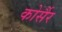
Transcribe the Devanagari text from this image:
कोर्सैर